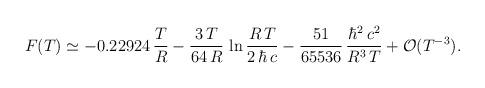
LaTeX: \begin{align*}F(T)\simeq-0.22924\,\frac{T}{R}-\frac{3\,T}{64\,R}\,\ln\frac{R\,T}{2\,\hbar\,c}-\frac{51}{65536}\,\frac{\hbar^2\,c^2}{R^3\,T}+{\cal O}(T^{-3}).\end{align*}